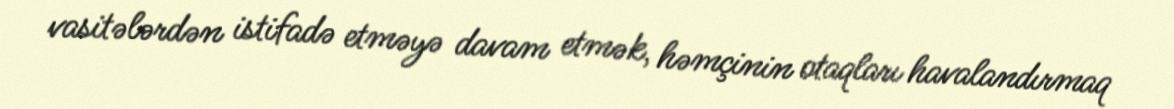
vasitələrdən istifadə etməyə davam etmək, həmçinin otaqları havalandırmaq